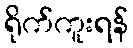
ရိုက်ကူးရန်